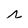
Character: r